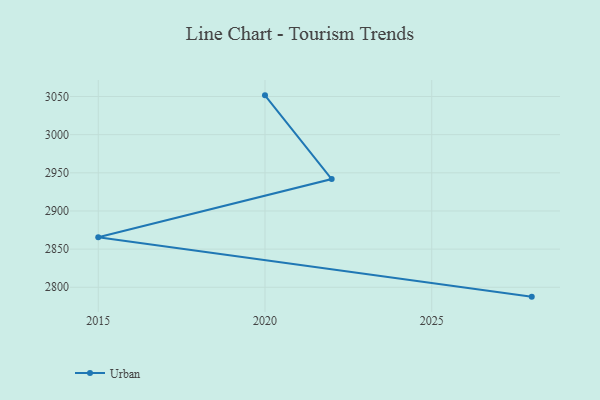
{"axis": {"x": "Year", "y": "Inventory Turnover"}, "legend": ["Urban"], "data": [{"x": "2028", "y": 2787.7, "type": "Urban"}, {"x": "2015", "y": 2865.6, "type": "Urban"}, {"x": "2022", "y": 2941.8, "type": "Urban"}, {"x": "2020", "y": 3051.5, "type": "Urban"}]}